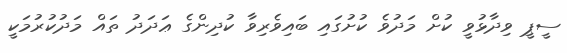
ސީޕީ ވިދާޅުވީ ކުށް މަދުވެ ކުށުގައި ބައިވެރިވާ ކުދިންގެ ޢަދަދު ތައް މަދުކުރުމަކީ